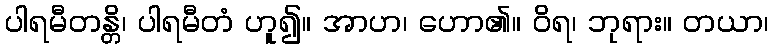
ပါရမီတန္တိ၊ ပါရမီတံ ဟူ၍။ အာဟ၊ ဟော၏။ ဝိရ၊ ဘုရား။ တယာ၊